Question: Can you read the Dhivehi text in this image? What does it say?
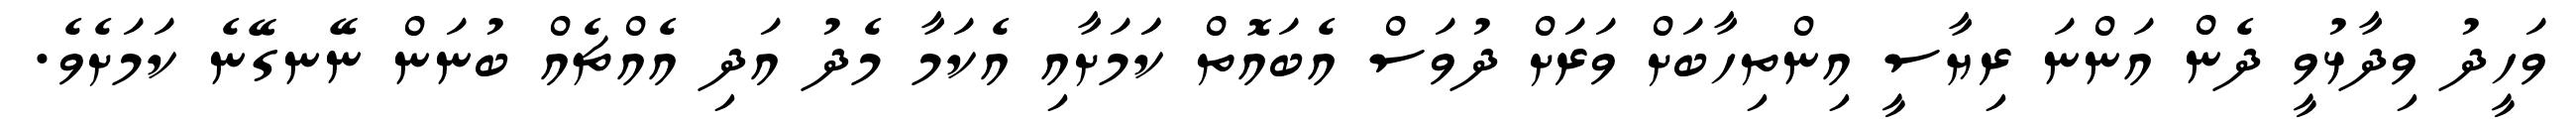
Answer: ވަހީދު ވިދާޅުވީ ދެން އަންނަ ރިޔާސީ އިންތިހާބަށް ވަރަށް ދުވަސް އެބައޮތް ކަަމަށާއި އެކަމާ މެދު އަދި އެއްޗެއް ބުނަން ނޭނގޭނެ ކަމަށެވެ.